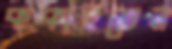
ককাইতেন